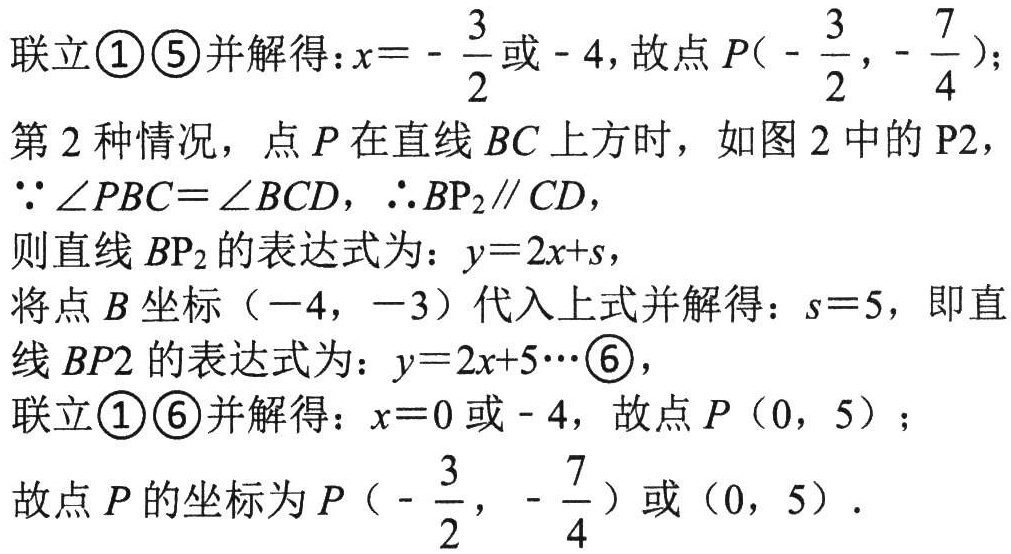
联立\textcircled{1}\textcircled{5}并解得：\(x = - \frac{3}{2}\)或\(- 4\)，故点\(P(- \frac{3}{2}, - \frac{7}{4})\)；
第2种情况，点\(P\)在直线\(BC\)上方时，如图2中的\(P2\)，
\(\because \angle PBC = \angle BCD\)，\(\therefore BP_{2}\parallel CD\)，
则直线\(BP_{2}\)的表达式为：\(y = 2x + s\)，
将点\(B\)坐标\(( - 4, - 3)\)代入上式并解得：\(s = 5\)，即直线\(BP2\)的表达式为：\(y = 2x + 5\cdots\textcircled{6}\)，
联立\textcircled{1}\textcircled{6}并解得：\(x = 0\)或\(- 4\)，故点\(P\)（\(0\)，\(5\)）；
故点\(P\)的坐标为\(P(- \frac{3}{2}, - \frac{7}{4})\)或\((0, 5)\)．